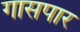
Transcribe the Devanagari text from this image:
गासपार